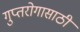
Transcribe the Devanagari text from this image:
गुप्तरोगासाठी